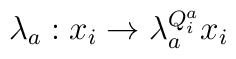
\lambda_a : x_i \rightarrow \lambda_a^{Q_i^a} x_i